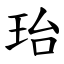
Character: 珆